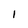
Character: I